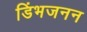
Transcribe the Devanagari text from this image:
डिंभजनन